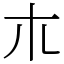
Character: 𣎳